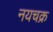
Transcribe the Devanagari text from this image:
नयचक्र